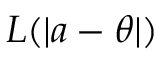
L ( | a - \theta | )